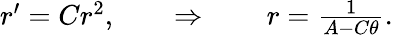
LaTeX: \begin{array}{r}{r^{\prime}=Cr^{2},\qquad\Rightarrow\qquad r=\frac{1}{A-C\theta}.}\end{array}